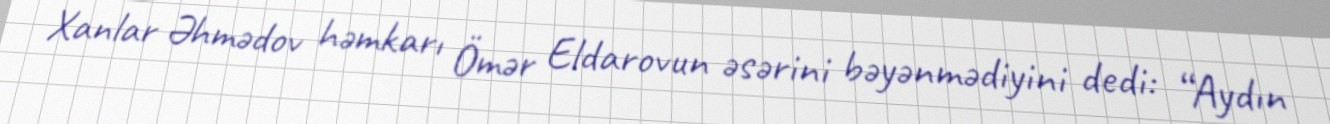
Xanlar Əhmədov həmkarı Ömər Eldarovun əsərini bəyənmədiyini dedi: “Aydın